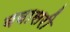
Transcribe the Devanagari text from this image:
बवासरी